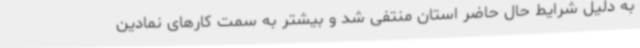
به دلیل شرایط حال حاضر استان منتفی شد و بیشتر به سمت کارهای نمادین